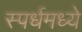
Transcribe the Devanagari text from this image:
स्पर्धमध्ये